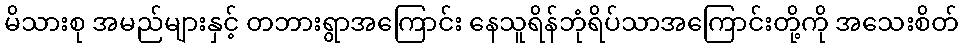
မိသားစု အမည်များနှင့် တဘားရွာအကြောင်း နေသူရိန်ဘုံရိပ်သာအကြောင်းတို့ကို အသေးစိတ်